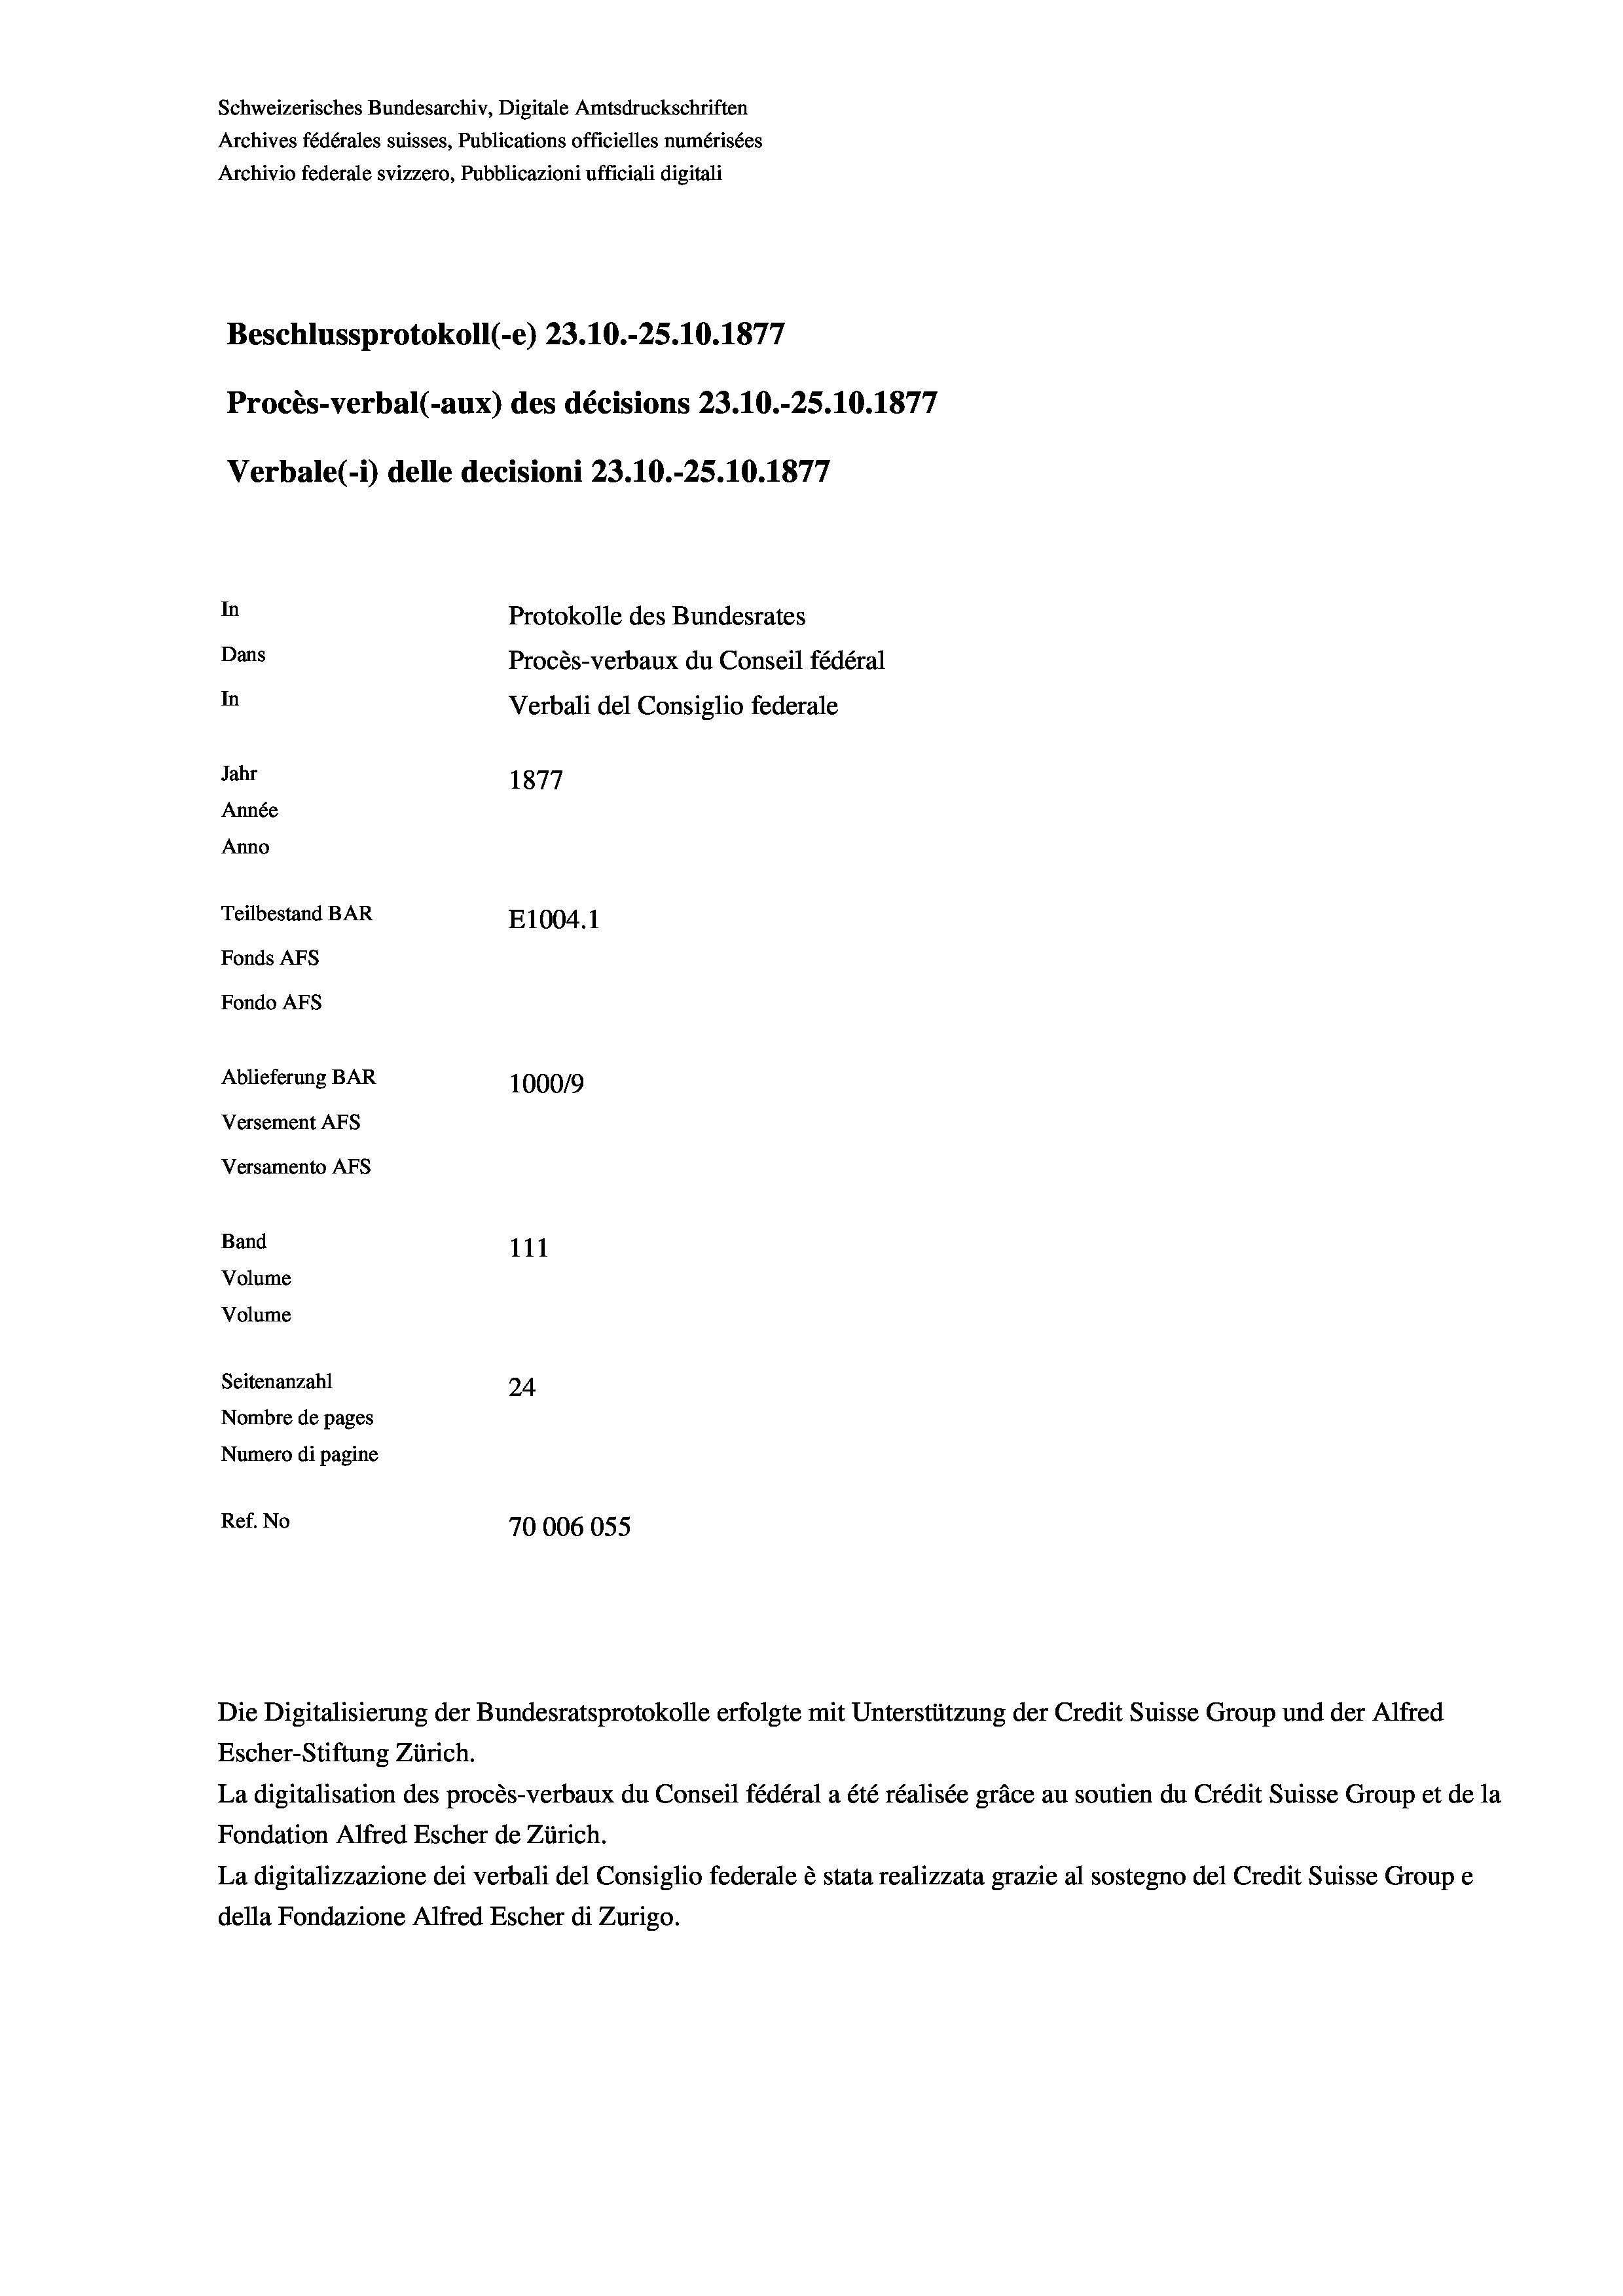
Schweizerisches Bundesarchiv, Digitale Amtsdruckschriften
Archives fédérales suisses, Publications officielles numérisées
Archivio federale svizzero, Pubblicazioni ufficiali digitali
Beschlussprotokoll (-e) 23.10.-25.10.1877
Procès-verbal (-aux) des décisions 23.10.-25.10.1877
Verbale(*) delle decisioni 23.10.-25.10.1877
In
Protokolle des Bundesrates
Dans
Procès-verbaux du Conseil fédéral
In
Verbali del Consiglio federale
Jahr
1877
Année
Anno
Teilbestand BAR
E1004. 1
Fonds Afs
Fondo Afs
Ablieferung BAR
100019
Versement As
Versamento AFs
Band
111
Volume
Volume

Seitenanzahl
24
Nombre de pages
Numero di pagine
Ref. No
70006055

Escher-Stiftung Zürich.
La digitalisation des procès-verbaux du Conseil fédéral a été réalisée gräce au soutien du Crédit Suisse Group et de la
Fondation Alfred Escher de Zürich.
La digitalizzazione dei verbali del Consiglio federale è stata realizzata grazie al sostegno del Credit Suisse Groupe
della Fondazione Alfred Escher di Zurigo.

Die Digitalisierung der Bundesratsprotokolle erfolgte mit Unterstützung der Credit Suisse Group und der Alfred